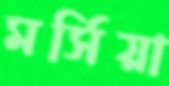
মর্সিয়া